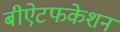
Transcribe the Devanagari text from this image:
बीऐटफकेशन